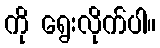
ကို ရွေးလိုက်ပါ။